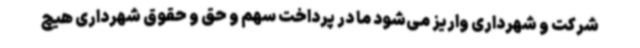
شرکت و شهرداری واریز می‌شود ما در پرداخت سهم و حق و حقوق شهرداری هیچ